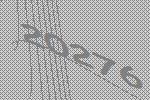
20276